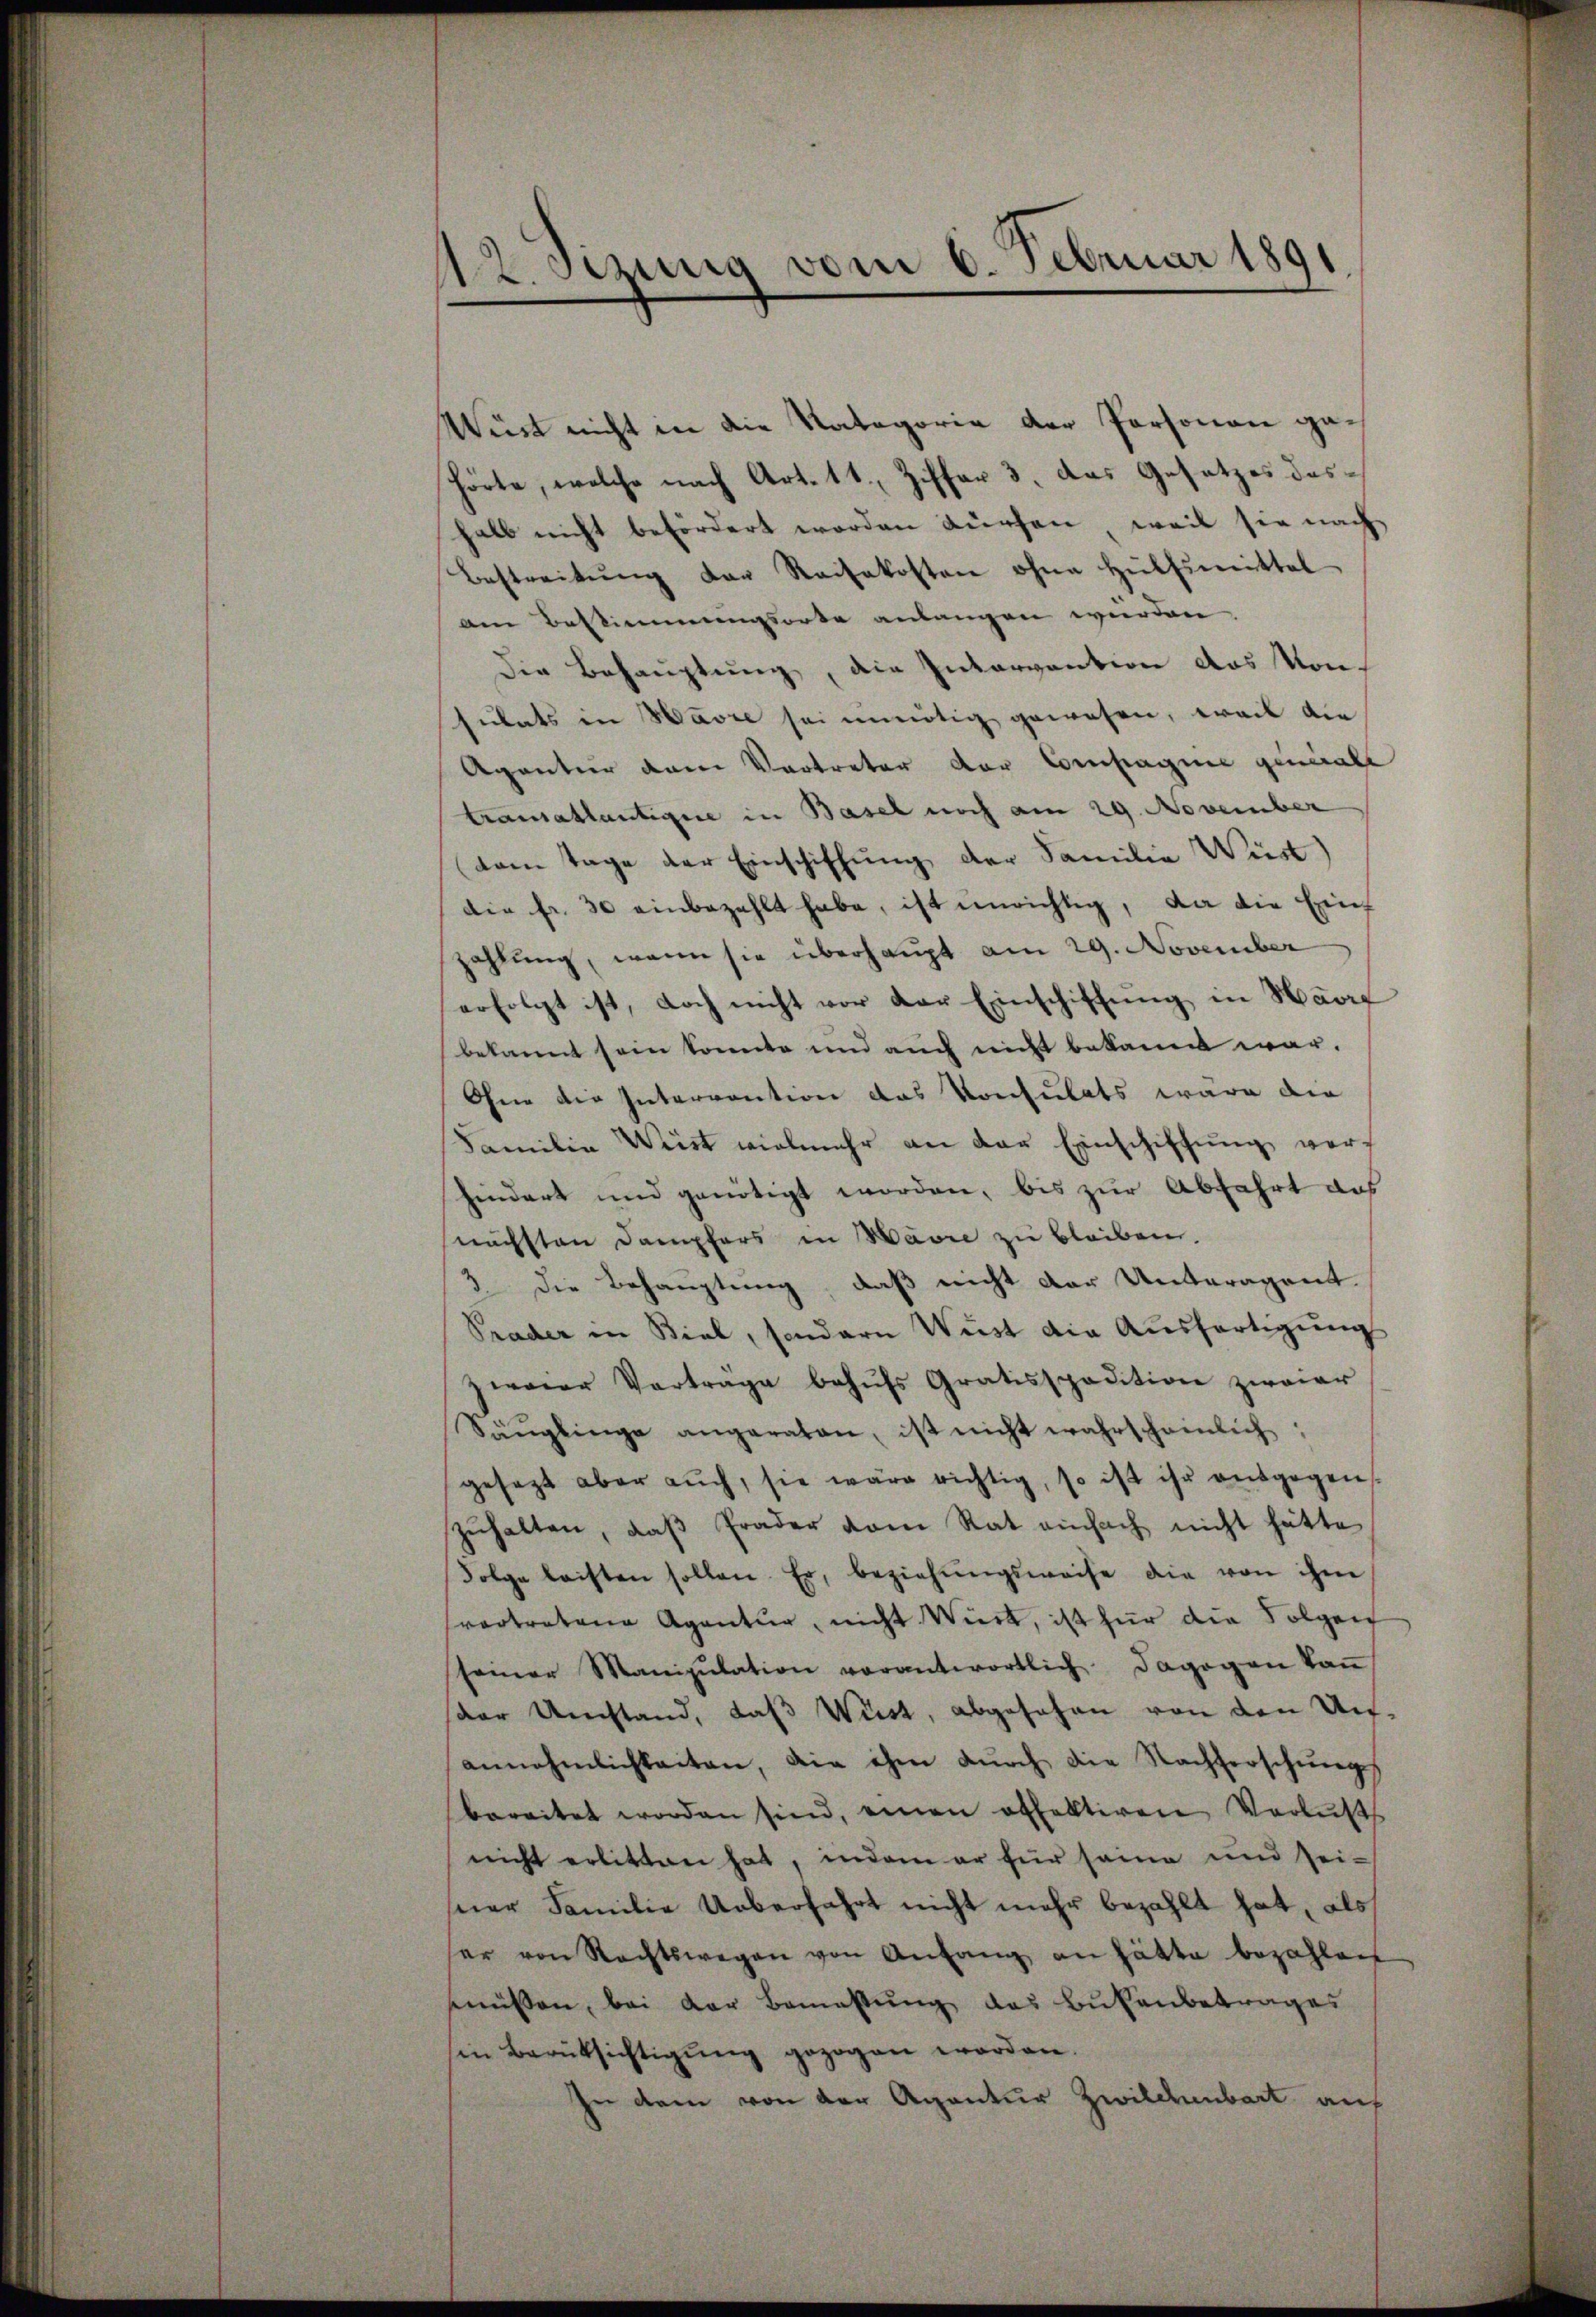
12 sezung vom 6. Februar 1891
2

Wüst nicht in die Natagorie der Personen gehörte, welche nach Art. 11, Ziffer 3. Das Gesetzes deshalb nicht befördert worden dürfen, weil sie nach
Bestreitŭng der Reisekosten ohne Hülfsmittel
am Bestimmungsorte anlangen würden
Die Behauptung, die Intervention das Vorsulats in Havre sei unnötig gewesen, weil die
Agantier dene Vertreter der Compagnie geniall
transatlantigire in Basel noch am 29. November
vom Tage der Einschiffung der Familie Wirt
die fr. 30 einbezahlt habe, ist unrichtig, da die Einf
zahlung, wenn sie überhaupt am 29. November
erfolgt ist, doch nicht vor der Einschiffung in Havre
bekannt sein konnte und auch nicht bekannt war.
Ohne die Interrention das Konsulats wäre die
Familie Weist vielmehr an der Einschiffung verhindert und genötigt worden, bis zur Abfahrt das
nächsten Dampfers in Wäre zu bleiben.
3 die Behauptung, daß nicht der Unteragant.
Prader in Biel, sondern Wüst die Ausfertigung
zweier Vorträge behŭfs Gratisspedition zweier
Sänglinge angeraten, ist nicht wahrscheinlich
gesagt aber auch, sie wäre richtig, so ist ihr entgegens
zŭhalten, daβ Prader vom Rat einfach nicht hätte
Folge leisten sollen. Er beziehŭngsweise die von ihm
svertretene Agentur, nicht Wirt, ist für die Folgen
sseiner Manipŭlation verantwortlich dagegen kaṅ
(der Umstand, daβ Wüst, abgesehen von den Unannehmlichkeiten, die ihm dŭrch die Nachterschŭngs
bereitet worden sind, einen offektiren Verlusts
nicht erbitten hat, indem er für seine und sei-
seer Familie Ueberfahrt nicht mehr bezahlt hat, als
er von Rechtswegen von Anfang an hätte bezahlen
müssen, bei der Bemassŭng das Bubenbetrages
in Berüksichtigŭng gezogen worden.
je dem von der Agantur Zwilchenbart auf